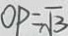
O P = \sqrt { 3 }